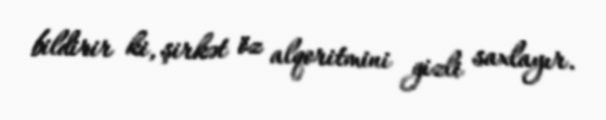
bildirir ki, şirkət öz alqoritmini gizli saxlayır.